Vaccination report Assam 1874-1896 - 1874-1896
Year: 1874
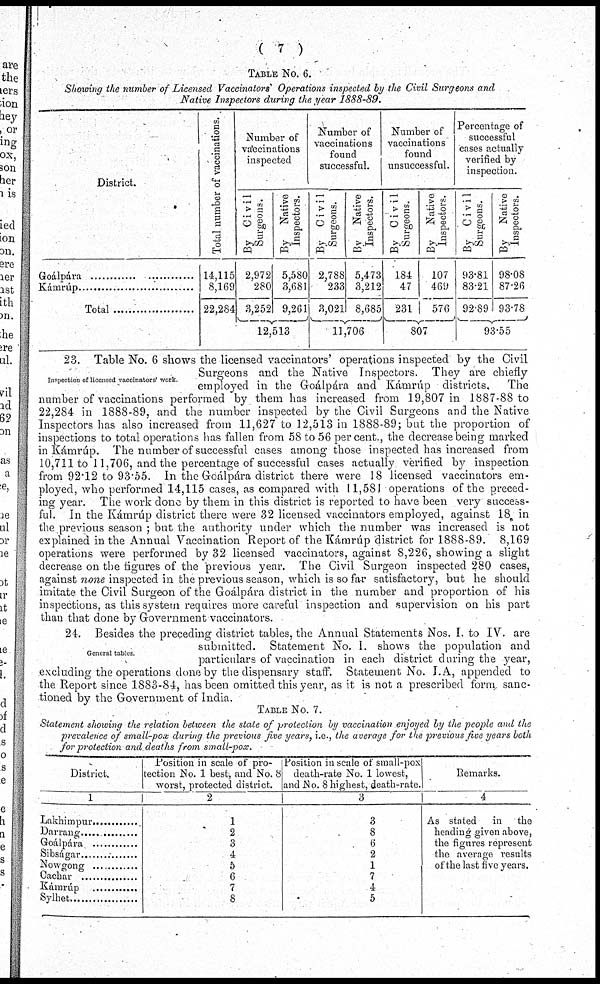
( 7 )
TABLE No. 6.
Showing the number of Licensed Vaccinators Operations inspected by the Civil Surgeons and
Native Inspectors during the year 1888-89.
District.
Goálpára ............................
Kámrúp ...............................
Total .....................
Total number of vaccinations.
14,115
8,169
22,284
Number of
vaccinations
inspected
By Civil
Surgeons.
2,972
280
3,252
By Native
Inspectors.
5,580
3,681
9,261
12,513
Number of
vaccinations
found
successful.
By Civil
Surgeons.
2,788
233
3,021
By Native
Inspectors.
5,473
3,212
8,685
11,706
Number of
vaccinations
found
unsuccessful.
By Civil
Surgeons.
184
47
231
By Native
Inspectors.
107
469
576
807
Percentage of
successful
cases actually
verified by
inspection.
By Civil
Surgeons.
93.81
83.21
92.89
By Native
Inspectors.
98.08
87.26
93.78
93.55
Inspection of licensed vaccinators' work
23. Table No. 6 shows the licensed vaccinators' operations inspected by the Civil
Surgeons and the Native Inspectors. They are chiefly
employed in the Goálpára and Kámrúp districts.
The
number of vaccinations performed by them has increased from 19,807 in 1887-88 to
22,284 in 1888-89, and the number inspected by the Civil Surgeons and the Native
Inspectors has also increased from 11,627 to 12,513 in 1888-89; but the proportion of
inspections to total operations has fallen from 58 to 56 per cent., the decrease being marked
in Kámrúp. The number of successful cases among those inspected has increased from
10,711 to 11,706, and the percentage of successful cases actually verified by inspection
from 92.12 to 93.55. In the Goálpára district there were 18 licensed vaccinators em-
ployed, who performed 14,115 cases, as compared with 11,581 operations of the preced-
ing year. The work done by them in this district is reported to have been very success-
ful. In the Kámrúp district there were 32 licensed vaccinators employed, against 18 in
the previous season ; but the authority under which the number was increased is not
explained in the Annual Vaccination Report of the Kámrúp district for 1888-89. 8,169
operations were performed by 32 licensed vaccinators, against 8,226, showing a slight
decrease on the figures of the previous year. The Civil Surgeon inspected 280 cases,
against none inspected in the previous season, which is so far satisfactory, but he should
imitate the Civil Surgeon of the Goálpára district in the number and proportion of his
inspections, as this system requires more careful inspection and supervision on his part
than that done by Government vaccinators.
General tables
24. Besides the preceding district tables, the Annual Statements Nos. I. to IV. are
submitted. Statement No. 1. shows the population and
particulars of vaccination in each district during the year,
excluding the operations done by the dispensary staff. Statement No. I. A, appended to
the Report since 1883-84, has been omitted this year, as it is not a prescribed form sanc-
tioned by the Government of India.
TABLE No. 7.
Statement showing the relation between the state of protection by vaccination enjoyed by the people and the
prevalence of small-pox during the previous five years, i.e., the average for the previous five years both
for protection and deaths from small-pox.
District.
1
Lakhimpur ............
Darrang ...............
Goálpára ............
Sibságar ...............
Nowgong ............
Cachar
...............
Kámrúp ............
Sylhet ..................
Position m scale of pro-
tection No. 1 best, and No. 8
worst, protected district.
2
1
2
3
4
5
6
7
8
Position in scale of small-pox
death-rate No. 1 lowest,
and No. 8 highest, death-rate.
3
3
8
6
2
1
7
4
5
Remarks.
4
As stated
in
the
heading given above,
the figures represent
the average results
of the last five years.